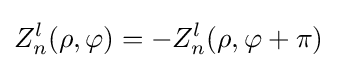
Z_{n}^{l}(\rho ,\varphi )=-Z_{n}^{l}(\rho ,\varphi +\pi )